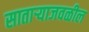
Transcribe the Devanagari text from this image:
साताऱ्याजवळील